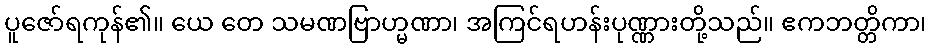
ပူဇော်ရကုန်၏။ ယေ တေ သမဏဗြာဟ္မဏာ၊ အကြင်ရဟန်းပုဏ္ဏားတို့သည်။ ဧကဘတ္တိကာ၊